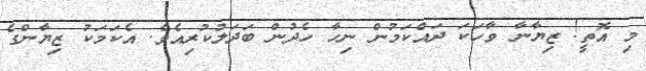
މި އޮތީ! ޒިޔާނާ ވާހަކަ ދައްކަމުން ނިހާ ހެދުން ބަދަލުކުރިއެވެ. އެކަމަކު ޒިޔާންގެ